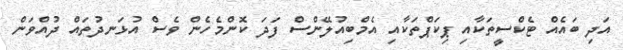
އަދި ބައެއް ޓެކްސީތަކާއި ޕިކަޕްތަކާއި އެމްބިއުލޭންސް ފަދަ ކޮންމެހެން ވެސް އުޅަނދުތައް ދުއްވަން